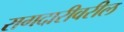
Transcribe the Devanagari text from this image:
रागदारीवरील